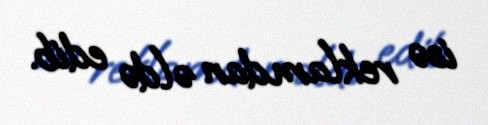
isə reklamdan əldə edib.